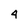
Character: 4